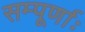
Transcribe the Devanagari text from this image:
सम्पूर्णाः